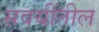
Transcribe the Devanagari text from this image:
सवयींतील